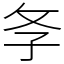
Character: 𢻯